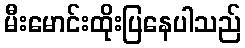
မီးမောင်းထိုးပြနေပါသည်